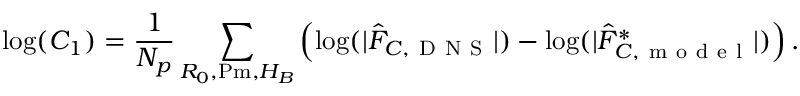
\log ( C _ { 1 } ) = \frac { 1 } { N _ { p } } \sum _ { R _ { 0 } , \ensuremath { \mathrm { P m } } , H _ { B } } \left( \log ( | \hat { F } _ { C , \mathrm { ~ D ~ N ~ S ~ } } | ) - \log ( | \hat { F } _ { C , \mathrm { ~ m ~ o ~ d ~ e ~ l ~ } } ^ { * } | ) \right) .